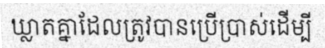
ឃ្លាតគ្នាដែលត្រូវបានប្រើប្រាស់ដើម្បី